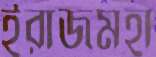
ইরাজমহা